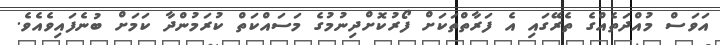
އަވަސް މުއްދަތެއްގެ ތެރޭގައި އެ ފަރާތްތަކަށް ފޯރުކޮށްދިނުމުގެ މަސައްކަތް ކުރަމުންދާ ކަމަށް ބުނެފައިވެއެވެ.